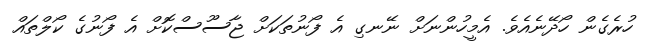
ހުރެގެން ހޯދޭނެއެވެ. އެމީހުންނަށް ނޭނގި އެ ފޯނުތަކަށް ޖާސޫސްކޮށް އެ ފޯނުގެ ކޯލްތައް